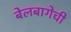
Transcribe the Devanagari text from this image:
बेलबागेची